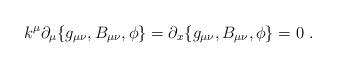
LaTeX: \begin{align*}k^\mu\partial_\mu \{g_{\mu\nu}, B_{\mu\nu}, \phi\}= \partial_x \{g_{\mu\nu}, B_{\mu\nu}, \phi\} = 0\ .\end{align*}